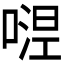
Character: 𭉴